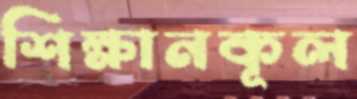
শিক্ষানকূল